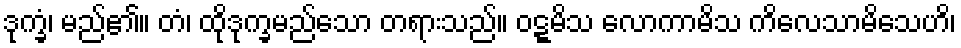
ဒုက္ခံ၊ မည်၏။ တံ၊ ထိုဒုက္ခမည်သော တရားသည်။ ဝဋ္ဋမိသ လောကာမိသ ကိလေသာမိသေဟိ၊